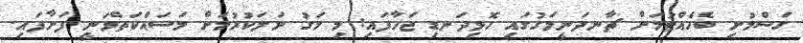
ގަސްމުށި ބެހެއްޓުމަށް ޗާނދަނީމަގުގައި ހޮޅިދަނޑި ޖަހާފައި: މި މަގު ނަލަކުރުމަށް މަސައްކަތްވަނީ ފަށާފައި.